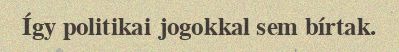
Így politikai jogokkal sem bírtak.